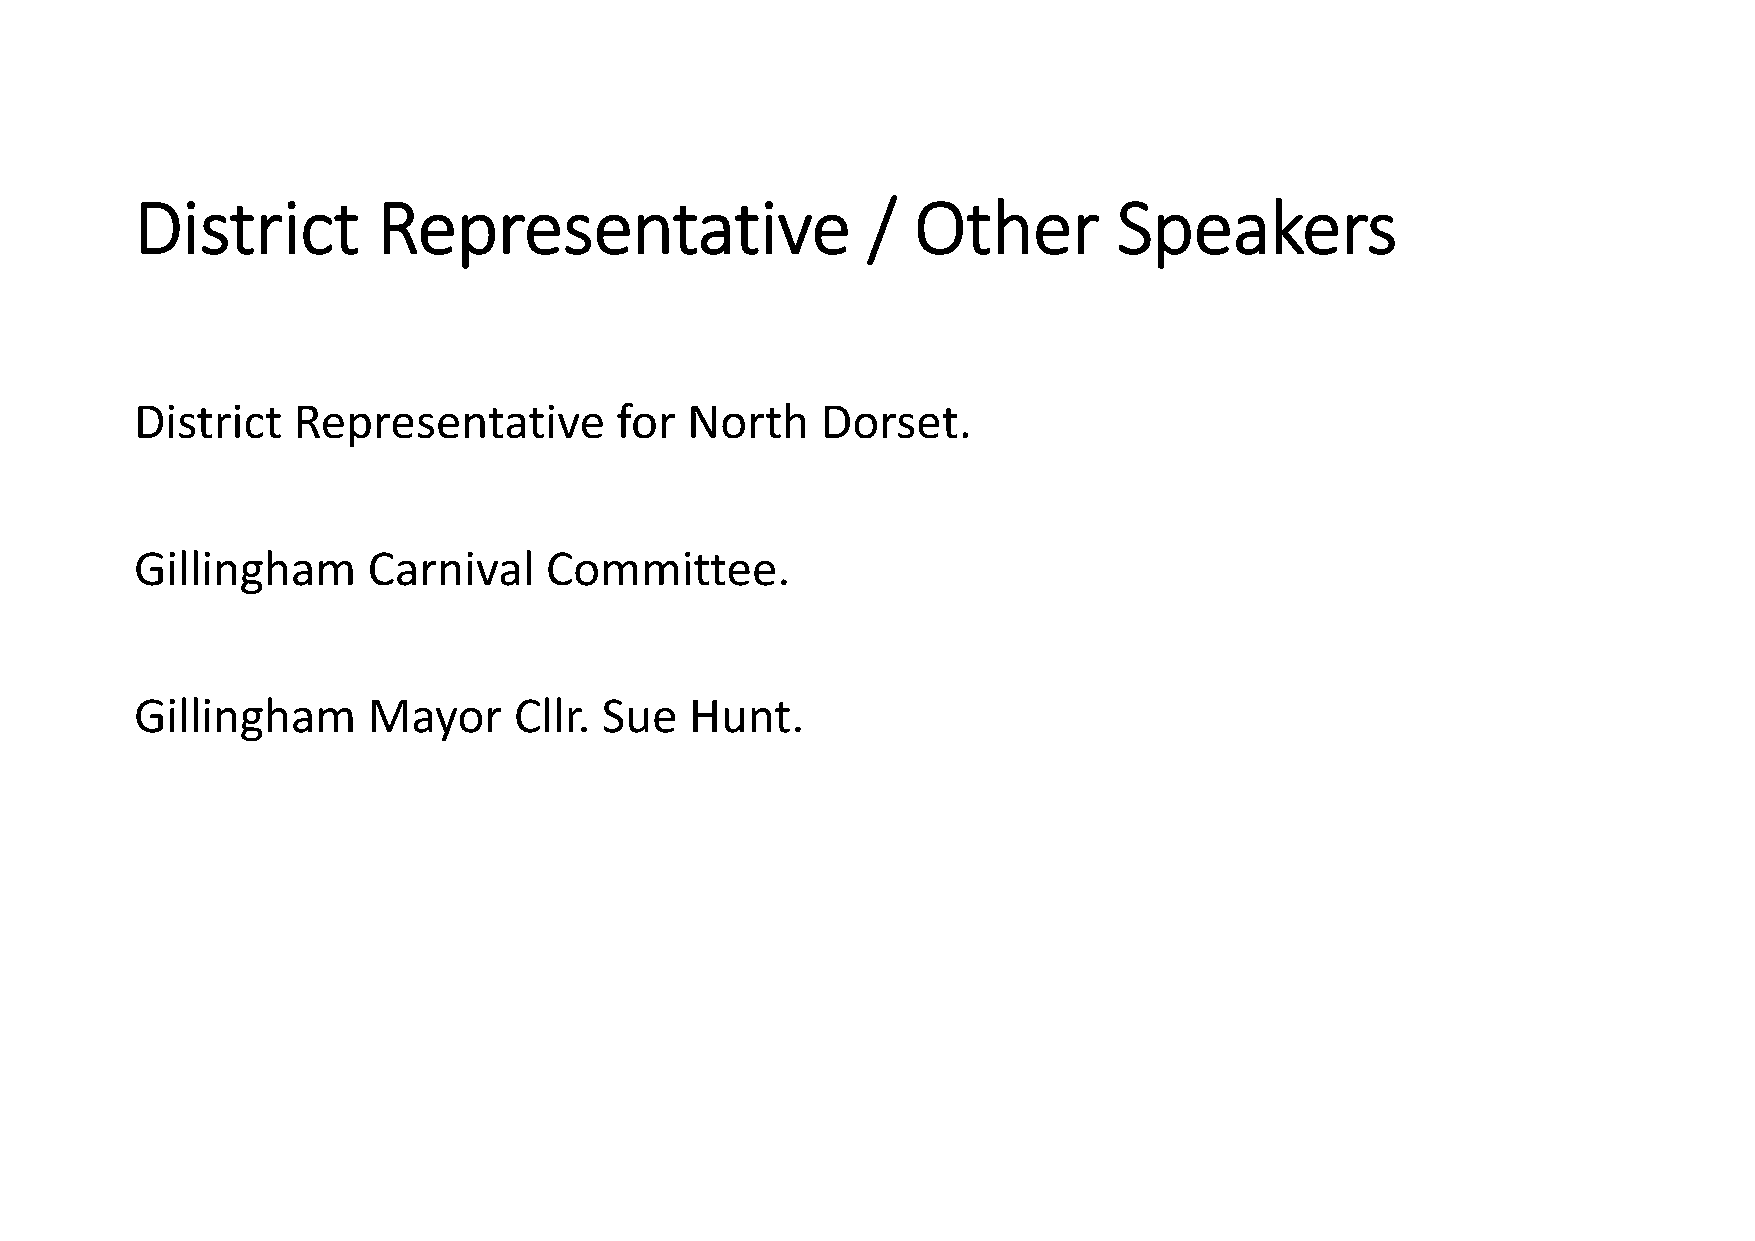
District        Representative                  /  Other         Speakers
 District  Representative        for North    Dorset.
 Gillingham     Carnival    Committee.
 Gillingham     Mayor     Cllr. Sue   Hunt.